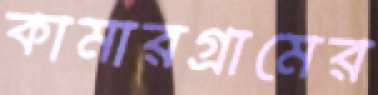
কামারগ্রামের